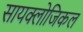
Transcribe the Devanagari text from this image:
सायक्लोजिकल